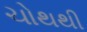
ચોથથી